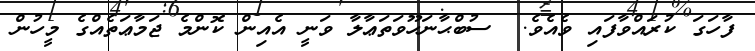
ފާހަގަ ކުރައްވާފައި ވެއެވެ.  ސުބްޙާނަހޫވަތަޢާލާ ވަނީ އެއިން ކޮންމެ ޖަމާޢަތެއްގެ މީހުން